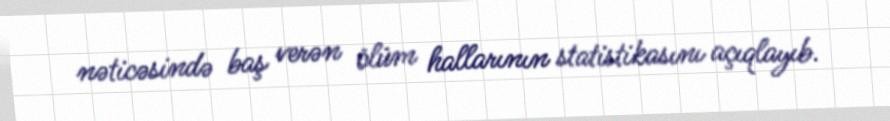
nəticəsində baş verən ölüm hallarının statistikasını açıqlayıb.